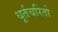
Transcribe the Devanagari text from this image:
धूर्तचरितो